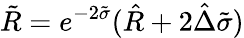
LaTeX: \tilde{R}=e^{-2\tilde{\sigma}}(\hat{R}+2\hat{\Delta}\tilde{\sigma})